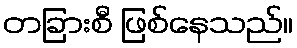
တခြားစီ ဖြစ်နေသည်။